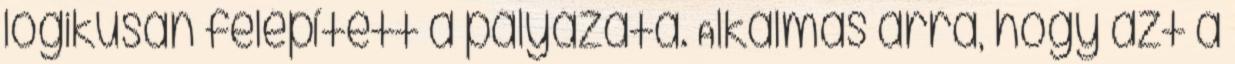
logikusan felépített a pályázata. Alkalmas arra, hogy azt a